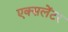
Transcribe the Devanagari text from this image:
एक्सलेंटर